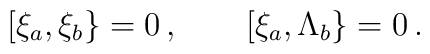
\lbrack \xi_a,\xi_b \} = 0 \,, \quad \quad \lbrack \xi_a,\Lambda_b \} = 0 \,.